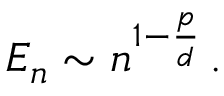
E _ { n } \sim n ^ { 1 - \frac { p } { d } } \, .